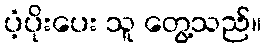
ပံ့ပိုးပေး သူ တွေ့သည်။